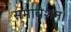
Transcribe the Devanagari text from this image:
समावेशन।